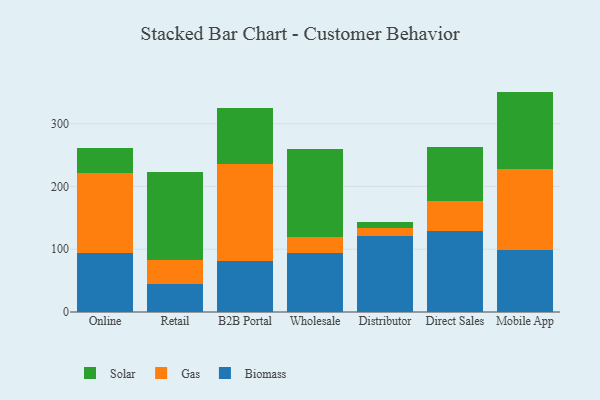
{"axis": {"x": "Channel", "y": "Headcount"}, "legend": ["Biomass", "Gas", "Solar"], "data": [{"x": "Online", "y": 93.9, "type": "Biomass"}, {"x": "Online", "y": 127.6, "type": "Gas"}, {"x": "Online", "y": 39.9, "type": "Solar"}, {"x": "Retail", "y": 45.4, "type": "Biomass"}, {"x": "Retail", "y": 37.7, "type": "Gas"}, {"x": "Retail", "y": 139.6, "type": "Solar"}, {"x": "B2B Portal", "y": 81.4, "type": "Biomass"}, {"x": "B2B Portal", "y": 154.3, "type": "Gas"}, {"x": "B2B Portal", "y": 89.7, "type": "Solar"}, {"x": "Wholesale", "y": 93.6, "type": "Biomass"}, {"x": "Wholesale", "y": 26.4, "type": "Gas"}, {"x": "Wholesale", "y": 139.1, "type": "Solar"}, {"x": "Distributor", "y": 121.5, "type": "Biomass"}, {"x": "Distributor", "y": 12.0, "type": "Gas"}, {"x": "Distributor", "y": 10.1, "type": "Solar"}, {"x": "Direct Sales", "y": 128.8, "type": "Biomass"}, {"x": "Direct Sales", "y": 48.6, "type": "Gas"}, {"x": "Direct Sales", "y": 85.4, "type": "Solar"}, {"x": "Mobile App", "y": 99.3, "type": "Biomass"}, {"x": "Mobile App", "y": 128.3, "type": "Gas"}, {"x": "Mobile App", "y": 123.5, "type": "Solar"}]}